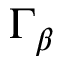
\Gamma _ { \beta }